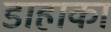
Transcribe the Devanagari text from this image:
डाहाका